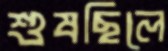
শুষছিলে